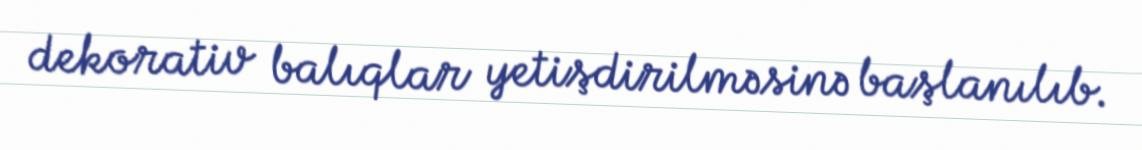
dekorativ balıqlar yetişdirilməsinə başlanılıb.